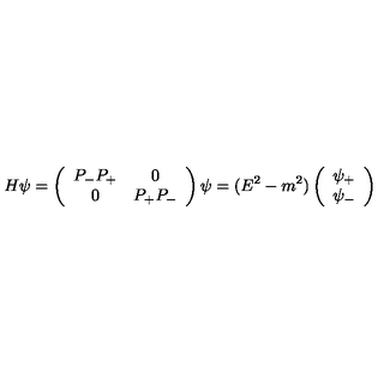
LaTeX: H \psi = \left( \begin{array} { c c } { P _ { - } P _ { + } } & { 0 } \\ { 0 } & { P _ { + } P _ { - } } \\ \end{array} \right) \psi = ( E ^ { 2 } - m ^ { 2 } ) \left( \begin{array} { c } { \psi _ { + } } \\ { \psi _ { - } } \\ \end{array} \right)